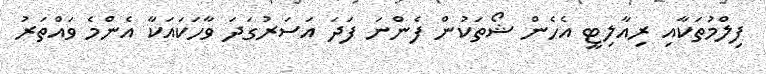
ފިލްމުތަކާއި ރިއާލިޓީ އެހެން ޝޯތަކުން ފެންނަ ފަދަ އަސަރުގަދަ ވާހަކައަކާ އެންމެ ވައްތަރު